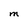
Character: M